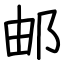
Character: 邮